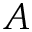
A